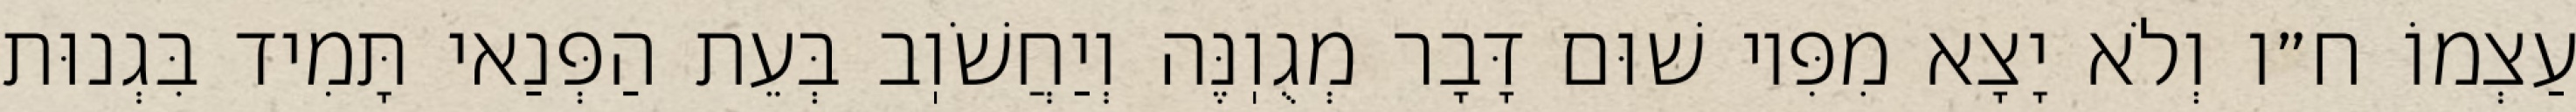
עַצְמוֹ ח״ו וְלֹא יָצָא מִפִּיו שׁוּם דָּבָר מְגֻוֽנֶּה וְיַחֲשֹׁוֽב בְּעֵת הַפְּנַאי תָּמִיד בִּגְנוּת